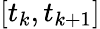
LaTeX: \left[t_{k},t_{k+1}\right]